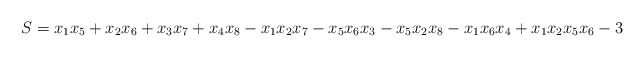
\begin{align*}S=x_1x_5+x_2x_6+x_3x_7+x_4x_8-x_1x_2x_7-x_5x_6x_3-x_5x_2x_8-x_1x_6x_4+x_1x_2x_5x_6-3 \end{align*}